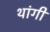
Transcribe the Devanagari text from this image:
थांगी